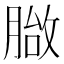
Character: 𦞀